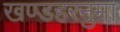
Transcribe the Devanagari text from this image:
खण्डहरनुमा